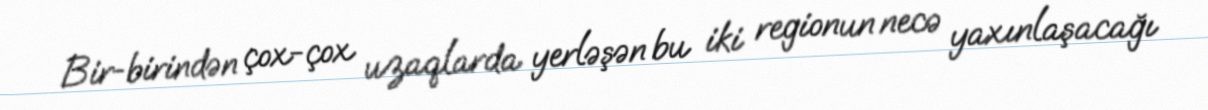
Bir-birindən çox-çox uzaqlarda yerləşən bu iki regionun necə yaxınlaşacağı